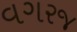
વગરજ